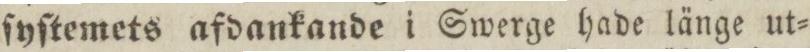
ſyſtemets afdankande iSwerge hade länge ut=